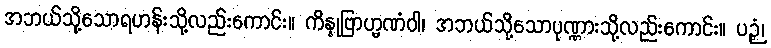
အဘယ်သို့သောရဟန်းသို့လည်းကောင်း။ ကိန္နုဗြာဟ္မဏံဝါ၊ အဘယ်သို့သောပုဏ္ဏားသို့လည်းကောင်း။ ပဉှံ၊